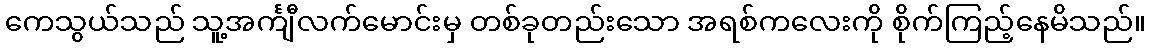
ကေသွယ်သည် သူ့အင်္ကျီလက်မောင်းမှ တစ်ခုတည်းသော အရစ်ကလေးကို စိုက်ကြည့်နေမိသည်။